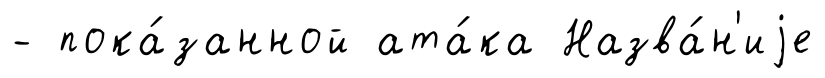
- пока́занной ата́ка Назва́н'иjе